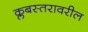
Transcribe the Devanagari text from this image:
क्लबस्तरावरील